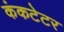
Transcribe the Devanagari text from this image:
कंकटेटर